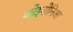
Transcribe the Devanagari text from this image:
कोइनोनिआ